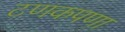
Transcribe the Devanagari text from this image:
टणकपणा